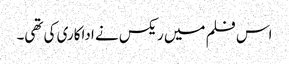
اس فلم میں ریکس نے اداکاری کی تھی۔